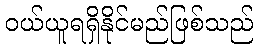
ဝယ်ယူရရှိနိုင်မည်ဖြစ်သည်